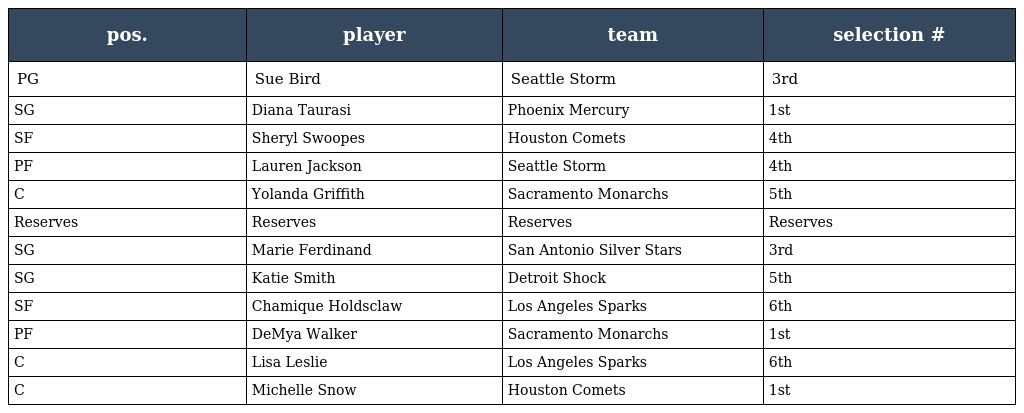
| pos. | player | team | selection # |
 | --- | --- | --- | --- |
 | PG | Sue Bird | Seattle Storm | 3rd |
 | SG | Diana Taurasi | Phoenix Mercury | 1st |
 | SF | Sheryl Swoopes | Houston Comets | 4th |
 | PF | Lauren Jackson | Seattle Storm | 4th |
 | C | Yolanda Griffith | Sacramento Monarchs | 5th |
 | Reserves | Reserves | Reserves | Reserves |
 | SG | Marie Ferdinand | San Antonio Silver Stars | 3rd |
 | SG | Katie Smith | Detroit Shock | 5th |
 | SF | Chamique Holdsclaw | Los Angeles Sparks | 6th |
 | PF | DeMya Walker | Sacramento Monarchs | 1st |
 | C | Lisa Leslie | Los Angeles Sparks | 6th |
 | C | Michelle Snow | Houston Comets | 1st |